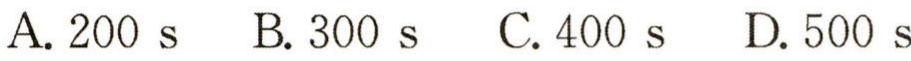
A. \(200\ s\)  B. \(300\ s\)  C. \(400\ s\)  D. \(500\ s\)